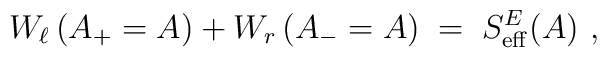
W_\ell \left( A_+=A\right) + W_r \left( A_- =A\right) \;=\; S_{\rm  eff}^E (A)~,